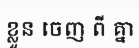
ខ្លួន ចេញ ពី គ្នា